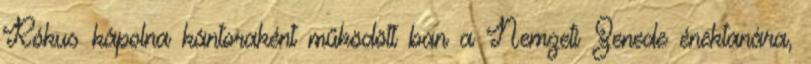
Rókus kápolna kántoraként működött ban a Nemzeti Zenede énektanára,